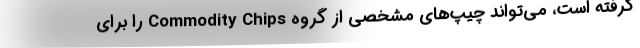
گرفته است، می‌تواند چیپ‌های مشخصی از گروه Commodity Chips را برای